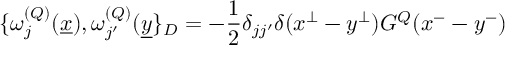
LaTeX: \{ \omega _ { j } ^ { ( { \cal Q } ) } ( \underline { { { x } } } ) , \omega _ { j ^ { \prime } } ^ { ( { \cal Q } ) } ( \underline { { { y } } } \} _ { D } = - \frac { 1 } { 2 } \delta _ { j j ^ { \prime } } \delta ( x ^ { \perp } - y ^ { \perp } ) G ^ { { \cal Q } } ( x ^ { - } - y ^ { - } )